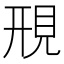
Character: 䙹